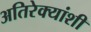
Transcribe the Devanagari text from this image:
अतिरेक्यांशी